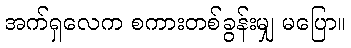
အက်ရှလေက စကားတစ်ခွန်းမျှ မပြော။